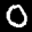
Label: 0